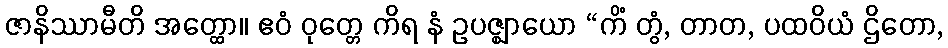
ဇာနိဿာမီတိ အတ္ထော။ ဧဝံ ဝုတ္တေ ကိရ နံ ဥပဇ္ဈာယော “ကိံ တွံ, တာတ, ပထဝိယံ ဌိတော,